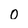
Character: 0